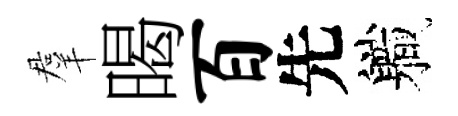
羣暍百先軄